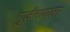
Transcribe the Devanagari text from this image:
गुर्जनवाला